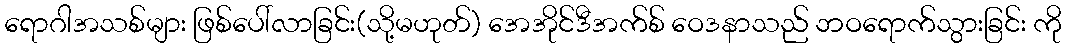
ရောဂါအသစ်များ ဖြစ်ပေါ်လာခြင်း(သို့မဟုတ်) အေအိုင်ဒီအက်စ် ဝေဒနာသည် ဘဝရောက်သွားခြင်း ကို